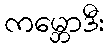
ကမ္ဘောဒီး